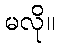
မလို။